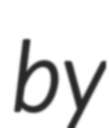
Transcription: by